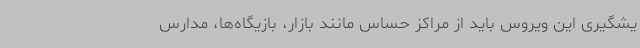
یشگیری این ویروس باید از مراکز حساس مانند بازار، بازیگاه‌ها، مدارس